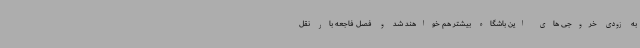
به زودی خروجی های این باشگاه بیشتر هم خواهند شد و فصل فاجعه بار نقل